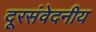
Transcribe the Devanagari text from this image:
दूरसंवेदनीय